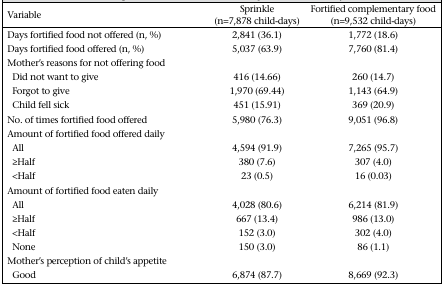
| Variable | Sprinkle (n=7,878 child-days) | Fortified complementary food (n=9,532 child-days) |
 | --- | --- | --- |
 | Days fortified food not offered (n, %) | 2,841 (36.1) | 1,772 (18.6) |
 | Days fortified food offered (n, %) | 5,037 (63.9) | 7,760 (81.4) |
 | Mother's reasons for not offering food |  |  |
 | Did not want to give | 416 (14.66) | 260 (14.7) |
 | Forgot to give | 1,970 (69.44) | 1,143 (64.9) |
 | Child fell sick | 451 (15.91) | 369 (20.9) |
 | No. of times fortified food offered | 5,980 (76.3) | 9,051 (96.8) |
 | Amount of fortified food offered daily |  |  |
 | All | 4,594 (91.9) | 7,265 (95.7) |
 | ≥Half | 380 (7.6) | 307 (4.0) |
 | <Half | 23 (0.5) | 16 (0.03) |
 | Amount of fortified food eaten daily |  |  |
 | All | 4,028 (80.6) | 6,214 (81.9) |
 | ≥Half | 667 (13.4) | 986 (13.0) |
 | <Half | 152 (3.0) | 302 (4.0) |
 | None | 150 (3.0) | 86 (1.1) |
 | Mother's perception of child's appetite |  |  |
 | Good | 6,874 (87.7) | 8,669 (92.3) |